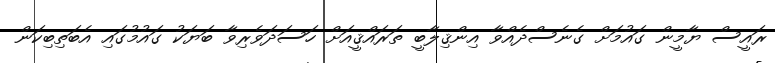
ރައީސް ޔާމީން ގައުމަށް ގެނެސްދެއްވާ އިންޤިލާބީ ތަރައްޤީއަށް ހަސަދަވެރިވާ ބަޔަކު ގައުމުގައި އެބަތިބިކަން